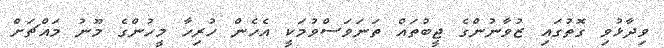
ވިދާޅުވި ގޮތުގައި ޒުވާނުންގެ ޖީބުތައް ތަނަވަސްވުމަކީ އެހެން ހުރިހާ މީހުންގެ މޫނު މައްޗަށް